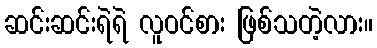
ဆင်းဆင်းရဲရဲ လူဝင်စား ဖြစ်သတဲ့လား။